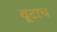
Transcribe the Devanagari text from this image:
वूटाच